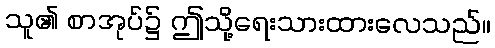
သူ၏ စာအုပ်၌ ဤသို့ရေးသားထားလေသည်။